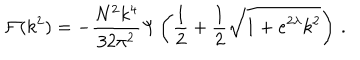
LaTeX: { \cal F } ( k ^ { 2 } ) = - \frac { N ^ { 2 } k ^ { 4 } } { 3 2 \pi ^ { 2 } } \Psi \left( \frac { 1 } { 2 } + \frac { 1 } { 2 } \sqrt { 1 + e ^ { 2 \lambda } k ^ { 2 } } \right) \, .